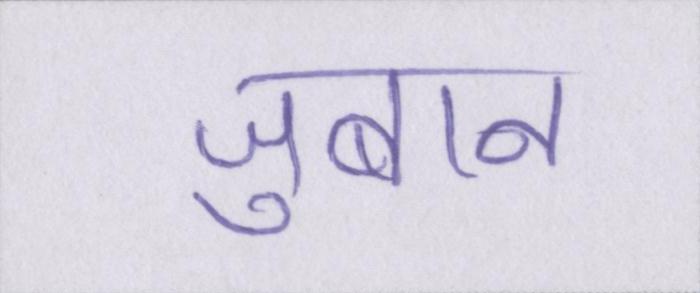
जुबान